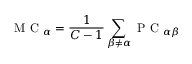
\mathrm { ~ M ~ C ~ } _ { \alpha } = \frac { 1 } { C - 1 } \sum _ { \beta \neq \alpha } \mathrm { ~ P ~ C ~ } _ { \alpha \beta }